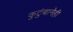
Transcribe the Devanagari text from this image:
कुटुंबानेही